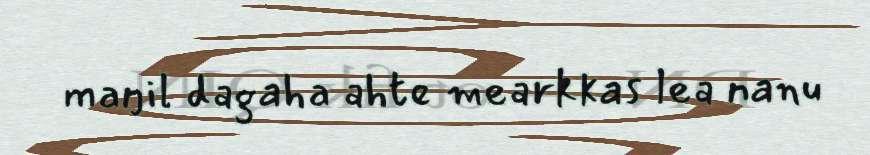
maŋil dagaha ahte mearkkas lea nanu